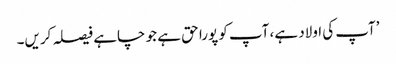
’آپ کی اولاد ہے، آپ کو پورا حق ہے جو چاہے فیصلہ کریں۔